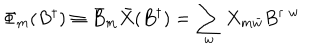
LaTeX: \Phi _ { m } ( B ^ { \dagger } ) \equiv \bar { B } _ { m } \bar { X } ( B ^ { \dagger } ) = \sum _ { w } X _ { m \bar { w } } B ^ { \dagger \; w }